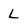
Character: L